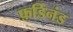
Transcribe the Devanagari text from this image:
फ़र्डिनंड